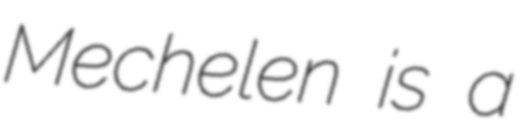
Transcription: Mechelen is a